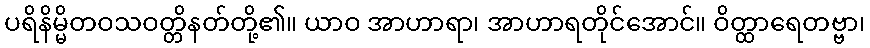
ပရိနိမ္မိတဝသဝတ္တိနတ်တို့၏။ ယာဝ အာဟာရာ၊ အာဟာရတိုင်အောင်။ ဝိတ္ထာရေတဗ္ဗာ၊